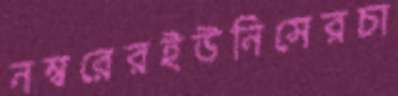
নম্বরেরইউনিসেরচা